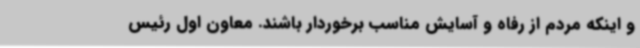
و اینکه مردم از رفاه و آسایش مناسب برخوردار باشند. معاون اول رئیس